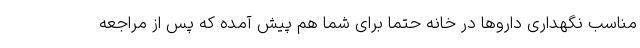
مناسب نگهداری داروها در خانه حتما برای شما هم پیش آمده که پس از مراجعه